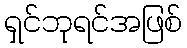
ရှင်ဘုရင်အဖြစ်